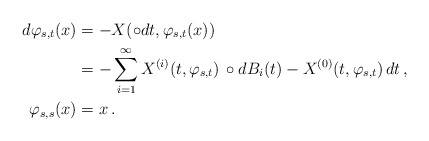
\begin{align*}d\varphi_{s,t}(x) & =-X(\circ dt,\varphi_{s,t}(x)) \\ & =-\sum_{i=1}^{\infty}X^{(i)}(t,\varphi_{s,t})\,\circ dB_{i}(t)-X^{(0)}(t,\varphi_{s,t})\, dt\,,\\\varphi_{s,s}(x) & =x\,. \end{align*}